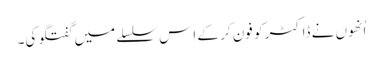
اُنھوں نے ڈاکٹر کو فون کر کے اِس سلسلے میں گفتگو کی۔